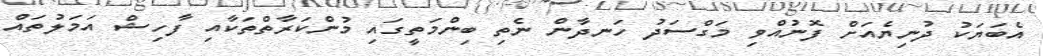
އެބަޔަކު ދުނިޔެއަށް ފޮނުއްވި މަގްސަދު ހަނދާން ނެތި ބިންމަތީގައި މުންކަރާތްތަކާއި ފާހިޝް އަމަލުތައް